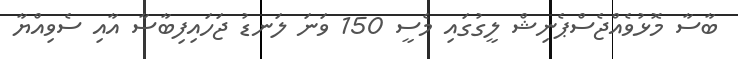
ބާސާ މޮޅުވެއްޖެސްޕެނިޝް ލީގުގައި މެސީ 150 ވަނަ ލަނޑު ޖަހައިފިބާސާ އާއި ސެވިއްޔާ